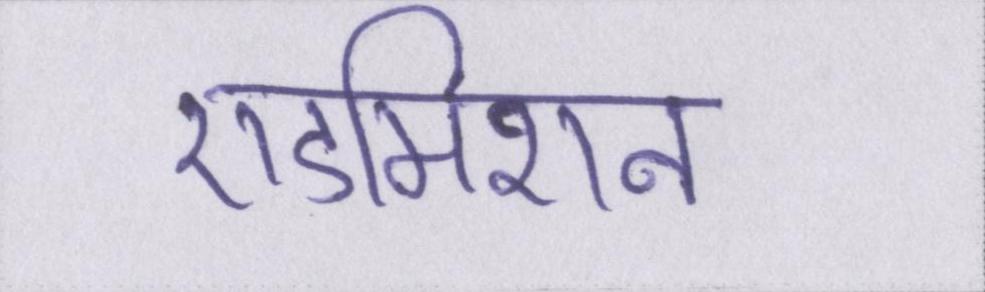
एडमिशन